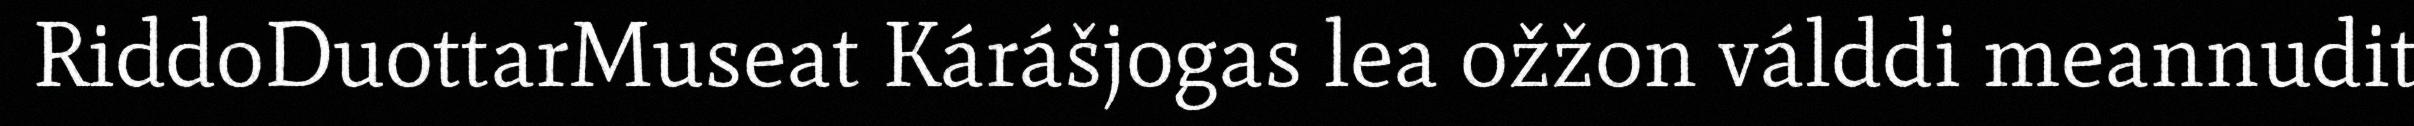
RiddoDuottarMuseat Kárášjogas lea ožžon válddi meannudit